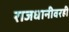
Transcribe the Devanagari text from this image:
राजधानीवरही